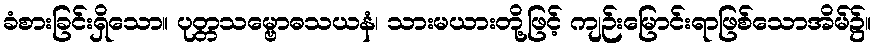
ခံစားခြင်းရှိသော။ ပုတ္တသမ္ဗောဓသယနံ၊ သားမယားတို့ဖြင့် ကျဉ်းမြောင်းရာဖြစ်သောအိမ်၌။